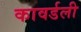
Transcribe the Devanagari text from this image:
कावर्डली